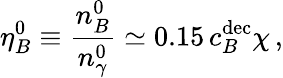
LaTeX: \eta_{B}^{0}\equiv\frac{n_{B}^{0}}{n_{\gamma}^{0}}\simeq 0.15\, c_{B}^{\mathrm{dec}}\chi\, ,